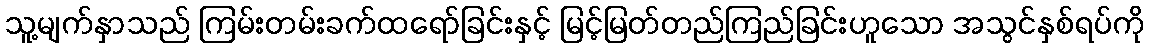
သူ့မျက်နှာသည် ကြမ်းတမ်းခက်ထရော်ခြင်းနှင့် မြင့်မြတ်တည်ကြည်ခြင်းဟူသော အသွင်နှစ်ရပ်ကို